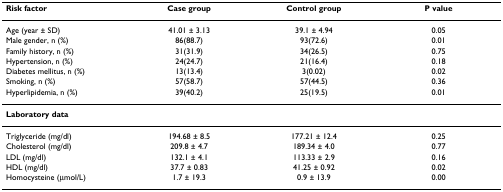
| Risk factor | Case group | Control group | P value |
 | --- | --- | --- | --- |
 | Age (year ± SD) | 41.01 ± 3.13 | 39.1 ± 4.94 | 0.05 |
 | Male gender, n (%) | 86(88.7) | 93(72.6) | 0.01 |
 | Family history, n (%) | 31(31.9) | 34(26.5) | 0.75 |
 | Hypertension, n (%) | 24(24.7) | 21(16.4) | 0.18 |
 | Diabetes mellitus, n (%) | 13(13.4) | 3(0.02) | 0.02 |
 | Smoking, n (%) | 57(58.7) | 57(44.5) | 0.36 |
 | Hyperlipidemia, n (%) | 39(40.2) | 25(19.5) | 0.01 |
 | <COLSPAN=4> Laboratory data |
 | Triglyceride (mg/dl) | 194.68 ± 8.5 | 177.21 ± 12.4 | 0.25 |
 | Cholesterol (mg/dl) | 209.8 ± 4.7 | 189.34 ± 4.0 | 0.77 |
 | LDL (mg/dl) | 132.1 ± 4.1 | 113.33 ± 2.9 | 0.16 |
 | HDL (mg/dl) | 37.7 ± 0.83 | 41.25 ± 0.92 | 0.02 |
 | Homocysteine (μmol/L) | 1.7 ± 19.3 | 0.9 ± 13.9 | 0.00 |